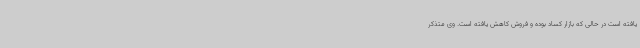
یافته است در حالی که بازار کساد بوده و فروش کاهش یافته است. وی متذکر